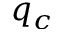
q _ { c }